Lunatic asylums Madras 1877-1891 - 1877-1891
Year: 1877
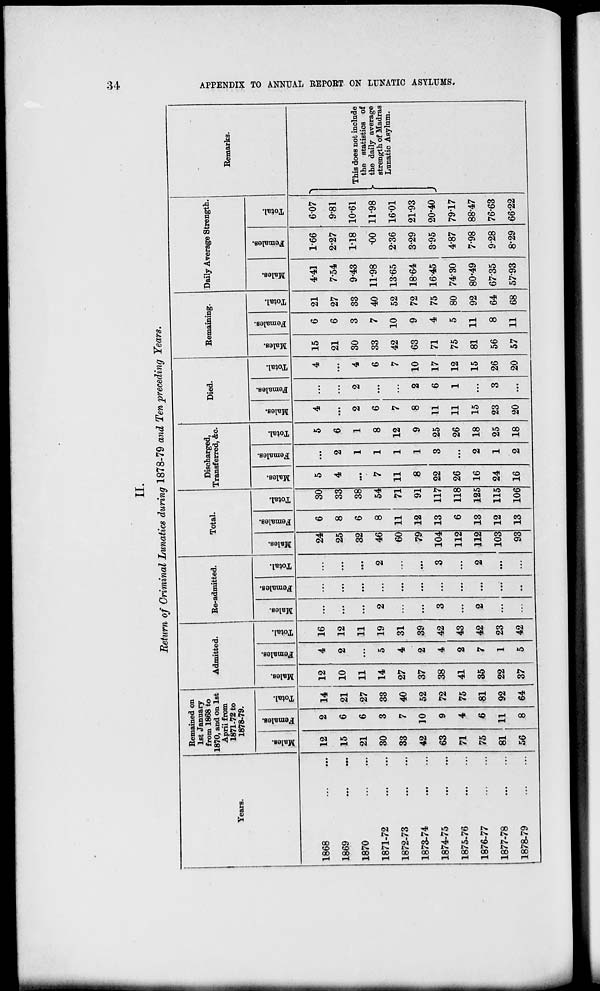
34
APPENDIX TO ANNUAL REPORT ON LUNATIC ASYLUMS.
II.
Return of Criminal Lunatics during 1878-79 and Ten preceding Years.
Years.
1868 ... ...
1869
...
...
1870
...
...
1871-72
...
...
1872-73
...
...
1873-74
...
...
1874-75
...
...
1875-76
...
...
1876-77
...
...
1877-78
...
...
1878-79
...
...
Remained on
1st January
from 1868 to
1870, and on 1st
April from
1871-72 to
1878-79.
Males.
12
15
21
30
33
42
63
71
75
81
56
Females.
2
6
6
3
7
10
9
4
6
11
8
Total.
14
21
27
33
40
52
72
75
81
92
64
Admitted.
Males.
12
10
11
14
27
37
38
41
35
22
37
Females.
4
2
...
5
4
2
4
2
7
1
5
Total.
16
12
11
19
31
39
42
43
42
23
42
Re-admitted,
Males.
...
...
...
2
...
...
3
...
2
...
...
Females.
...
...
...
...
...
...
...
...
...
...
...
Total.
...
...
...
2
...
...
3
...
2
...
...
Total.
Males.
24
25
32
46
60
79
104
112
112
103
93
Females.
6
8
6
8
11
12
13
6
13
12
13
Total.
30
33
38
54
71
91
117
118
125
115
106
Discharged,
Transferred, &c.
Males.
5
4
...
7
11
8
22
26
16
24
16
Females.
...
2
1
1
1
1
3
...
2
1
2
Total.
5
6
1
8
12
9
25
26
18
25
18
Died.
Males.
4
...
2
6
7
8
11
11
15
23
20
Females.
...
2
...
...
2
6
1
...
3
...
Total.
4
...
4
6
7
10
17
12
15
26
20
Remaining.
Males.
15
21
30
33
42
63
71
75
81
56
57
Females.
6
6
3
7
10
9
4
5
11
8
11
Total.
21
27
33
40
52
72
75
80
92
64
68
Daily Average Strength.
Males.
4.41
7.54
9.43
11.98
13.65
18.64
16.45
74.30
80.49
67.35
57.93
Females.
1.66
2.27
1.18
.00
2.36
3.29
3.95
4.87
7.98
9.28
8.29
Total.
6.07
9.81
10.61
11.98
16.01
21.93
20.40
79.17
88.47
76.63
66.22
Remarks.
This does not include
the statistics of
the daily average
strength of Madras
Lunatic Asylum.